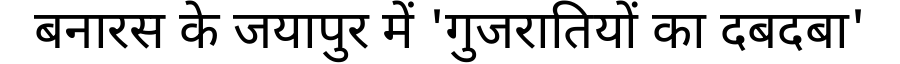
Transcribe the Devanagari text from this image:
बनारस के जयापुर में 'गुजरातियों का दबदबा'